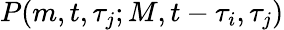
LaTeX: P(m,t,\tau_{j};M,t-\tau_{i},\tau_{j})